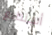
أستطيع